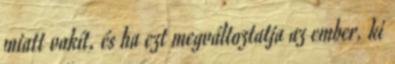
miatt vakít, és ha ezt megváltoztatja az ember. ki